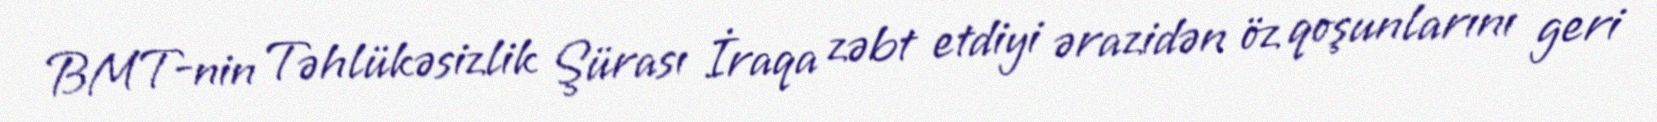
BMT-nin Təhlükəsizlik Şürası İraqa zəbt etdiyi ərazidən öz qoşunlarını geri